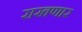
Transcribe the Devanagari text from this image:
राखणार